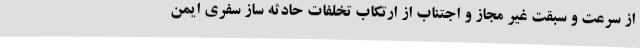
از سرعت و سبقت غیر مجاز و اجتناب از ارتکاب تخلفات حادثه ساز سفری ایمن